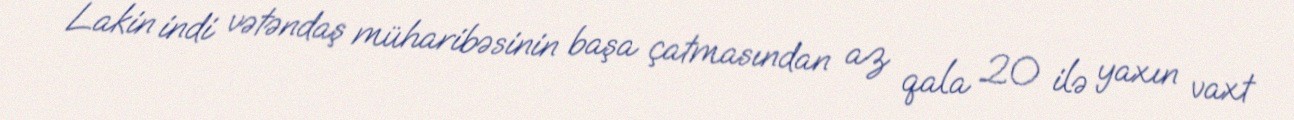
Lakin indi vətəndaş müharibəsinin başa çatmasından az qala 20 ilə yaxın vaxt